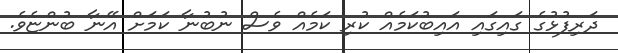
ދަރިފުޅުގެ ގައިގައި އައިބުކަމެއް ކުރި ކަމެއް ވެސް ނުބުނާ ކަމަށް އޭނާ ބުންޏެވެ.